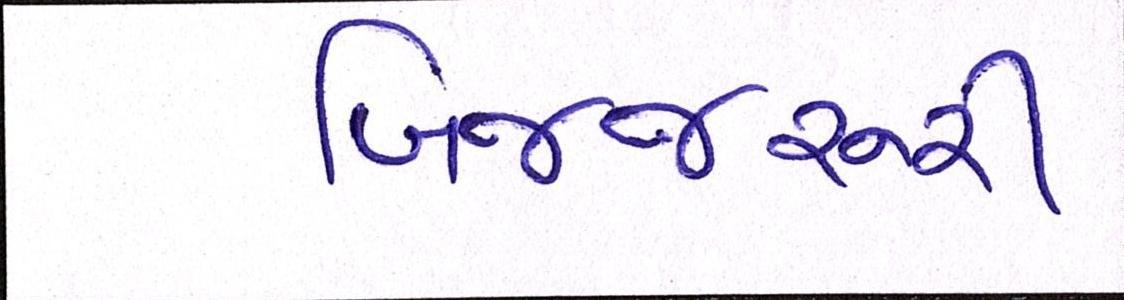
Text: બિનજરૂરી